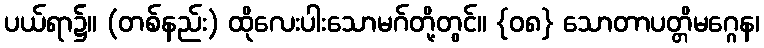
ပယ်ရာ၌။ (တစ်နည်း) ထိုလေးပါးသောမဂ်တို့တွင်။ {၀၈} သောတာပတ္တိမဂ္ဂေန၊